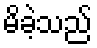
မိခဲ့သည်